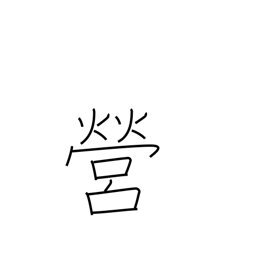
Meaning: perform